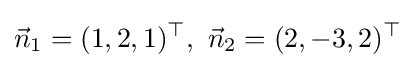
{\vec {n}}_{1}=(1,2,1)^{\top },\ {\vec {n}}_{2}=(2,-3,2)^{\top }